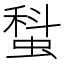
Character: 𧎗